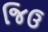
જિઉ